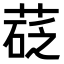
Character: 𦷩